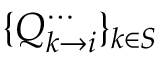
\{ Q _ { k \to i } ^ { \cdots } \} _ { k \in S }